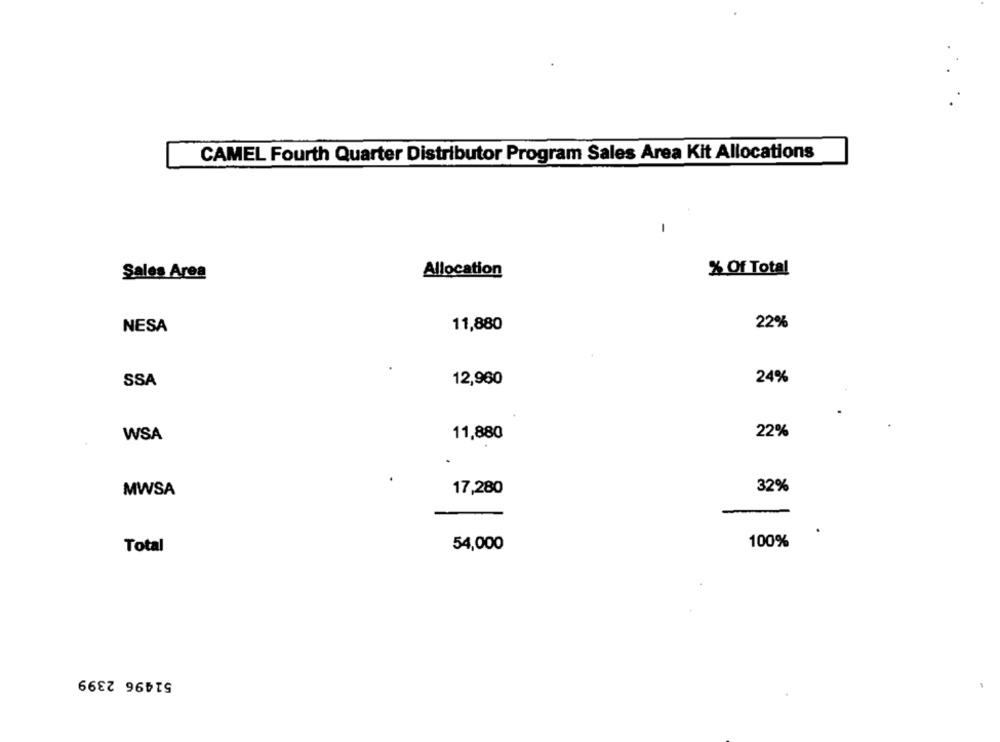
CAMEL Fourth Quarter Distributor Program Sales Area Kit Allocations
Allocation
% Of Total
Sales Area
11,880
22%
NESA
24%
SSA
12,960
WSA
11,880
22%
32%
MWSA
17,280
Total
54,000
100%
51496 2399